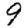
Digit: 9